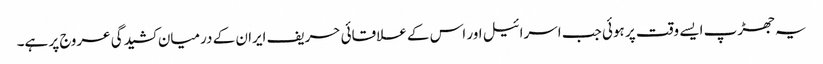
یہ جھڑپ ایسے وقت پر ہوئی جب اسرائیل اور اس کے علاقائی حریف ایران کے درمیان کشیدگی عروج پر ہے۔